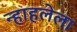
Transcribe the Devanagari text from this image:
न्हाहलेला